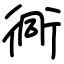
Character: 衕